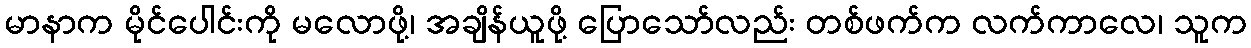
မာနာက မိုင်ပေါင်းကို မလောဖို့၊ အချိန်ယူဖို့ ပြောသော်လည်း တစ်ဖက်က လက်ကာလေ၊ သူက